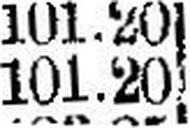
101.20